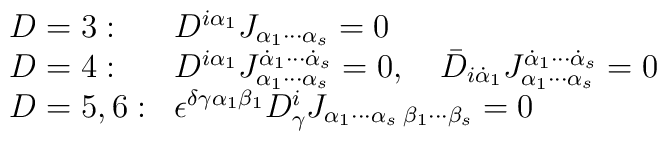
\begin{array}{ll}    D=3: & D^{i\alpha_1} J_{\alpha_1\cdots\alpha_s} =0  \\    D=4: & D^{i\alpha_1} J_{\alpha_1\cdots\alpha_s}^{\dot\alpha_1\cdots\dot\alpha_s} = 0, \quad           \bar D_{i\dot\alpha_1}  J_{\alpha_1\cdots\alpha_s}^{\dot\alpha_1\cdots\dot\alpha_s} = 0 \\    D=5,6: & \epsilon^{\delta\gamma\alpha_1\beta_1}D^i_\gamma J_{\alpha_1\cdots\alpha_s\;    \beta_1\cdots\beta_s}=0  \end{array}